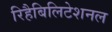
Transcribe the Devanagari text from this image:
रिहैबिलिटेशनल